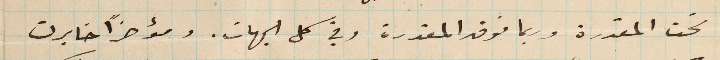
تحت المقدرة وربما فوق المقدرة وفي كل الجهات. ومؤخرًا خابرت